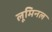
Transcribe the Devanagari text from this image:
लूमिनल